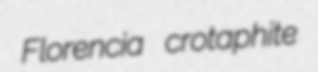
Florencia crotaphite